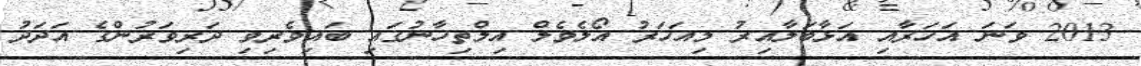
2013 ވަނަ އަހަރާއި އަޅާބަލާއިރު މިއަހަރު އޯލެވެލް އިމްތިހާނުގައި ބައިވެރިވި ދަރިވަރުންގެ އަދަދު